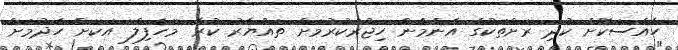
ހާއްސަކޮށް ކުދި ރަށްތަކުގެ އެންމެން ހިޖުރަކުރުމަށް ތައްޔާރު ކުރާ 'މަހެފިލް' އަކަށް ހެދުމަށް